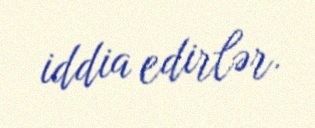
iddia edirlər.